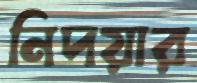
নিদয়ার